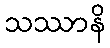
သဿာနိ